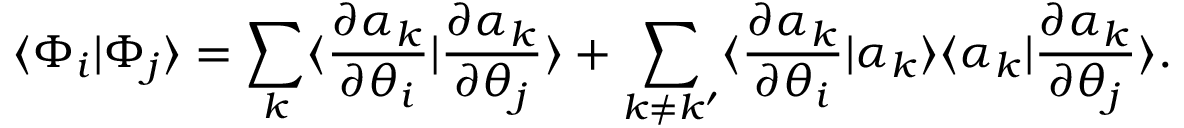
\langle \Phi _ { i } | \Phi _ { j } \rangle = \sum _ { k } \langle \frac { \partial \alpha _ { k } } { \partial \theta _ { i } } | \frac { \partial \alpha _ { k } } { \partial \theta _ { j } } \rangle + \sum _ { k \ne k ^ { \prime } } \langle \frac { \partial \alpha _ { k } } { \partial \theta _ { i } } | \alpha _ { k } \rangle \langle \alpha _ { k } | \frac { \partial \alpha _ { k } } { \partial \theta _ { j } } \rangle .